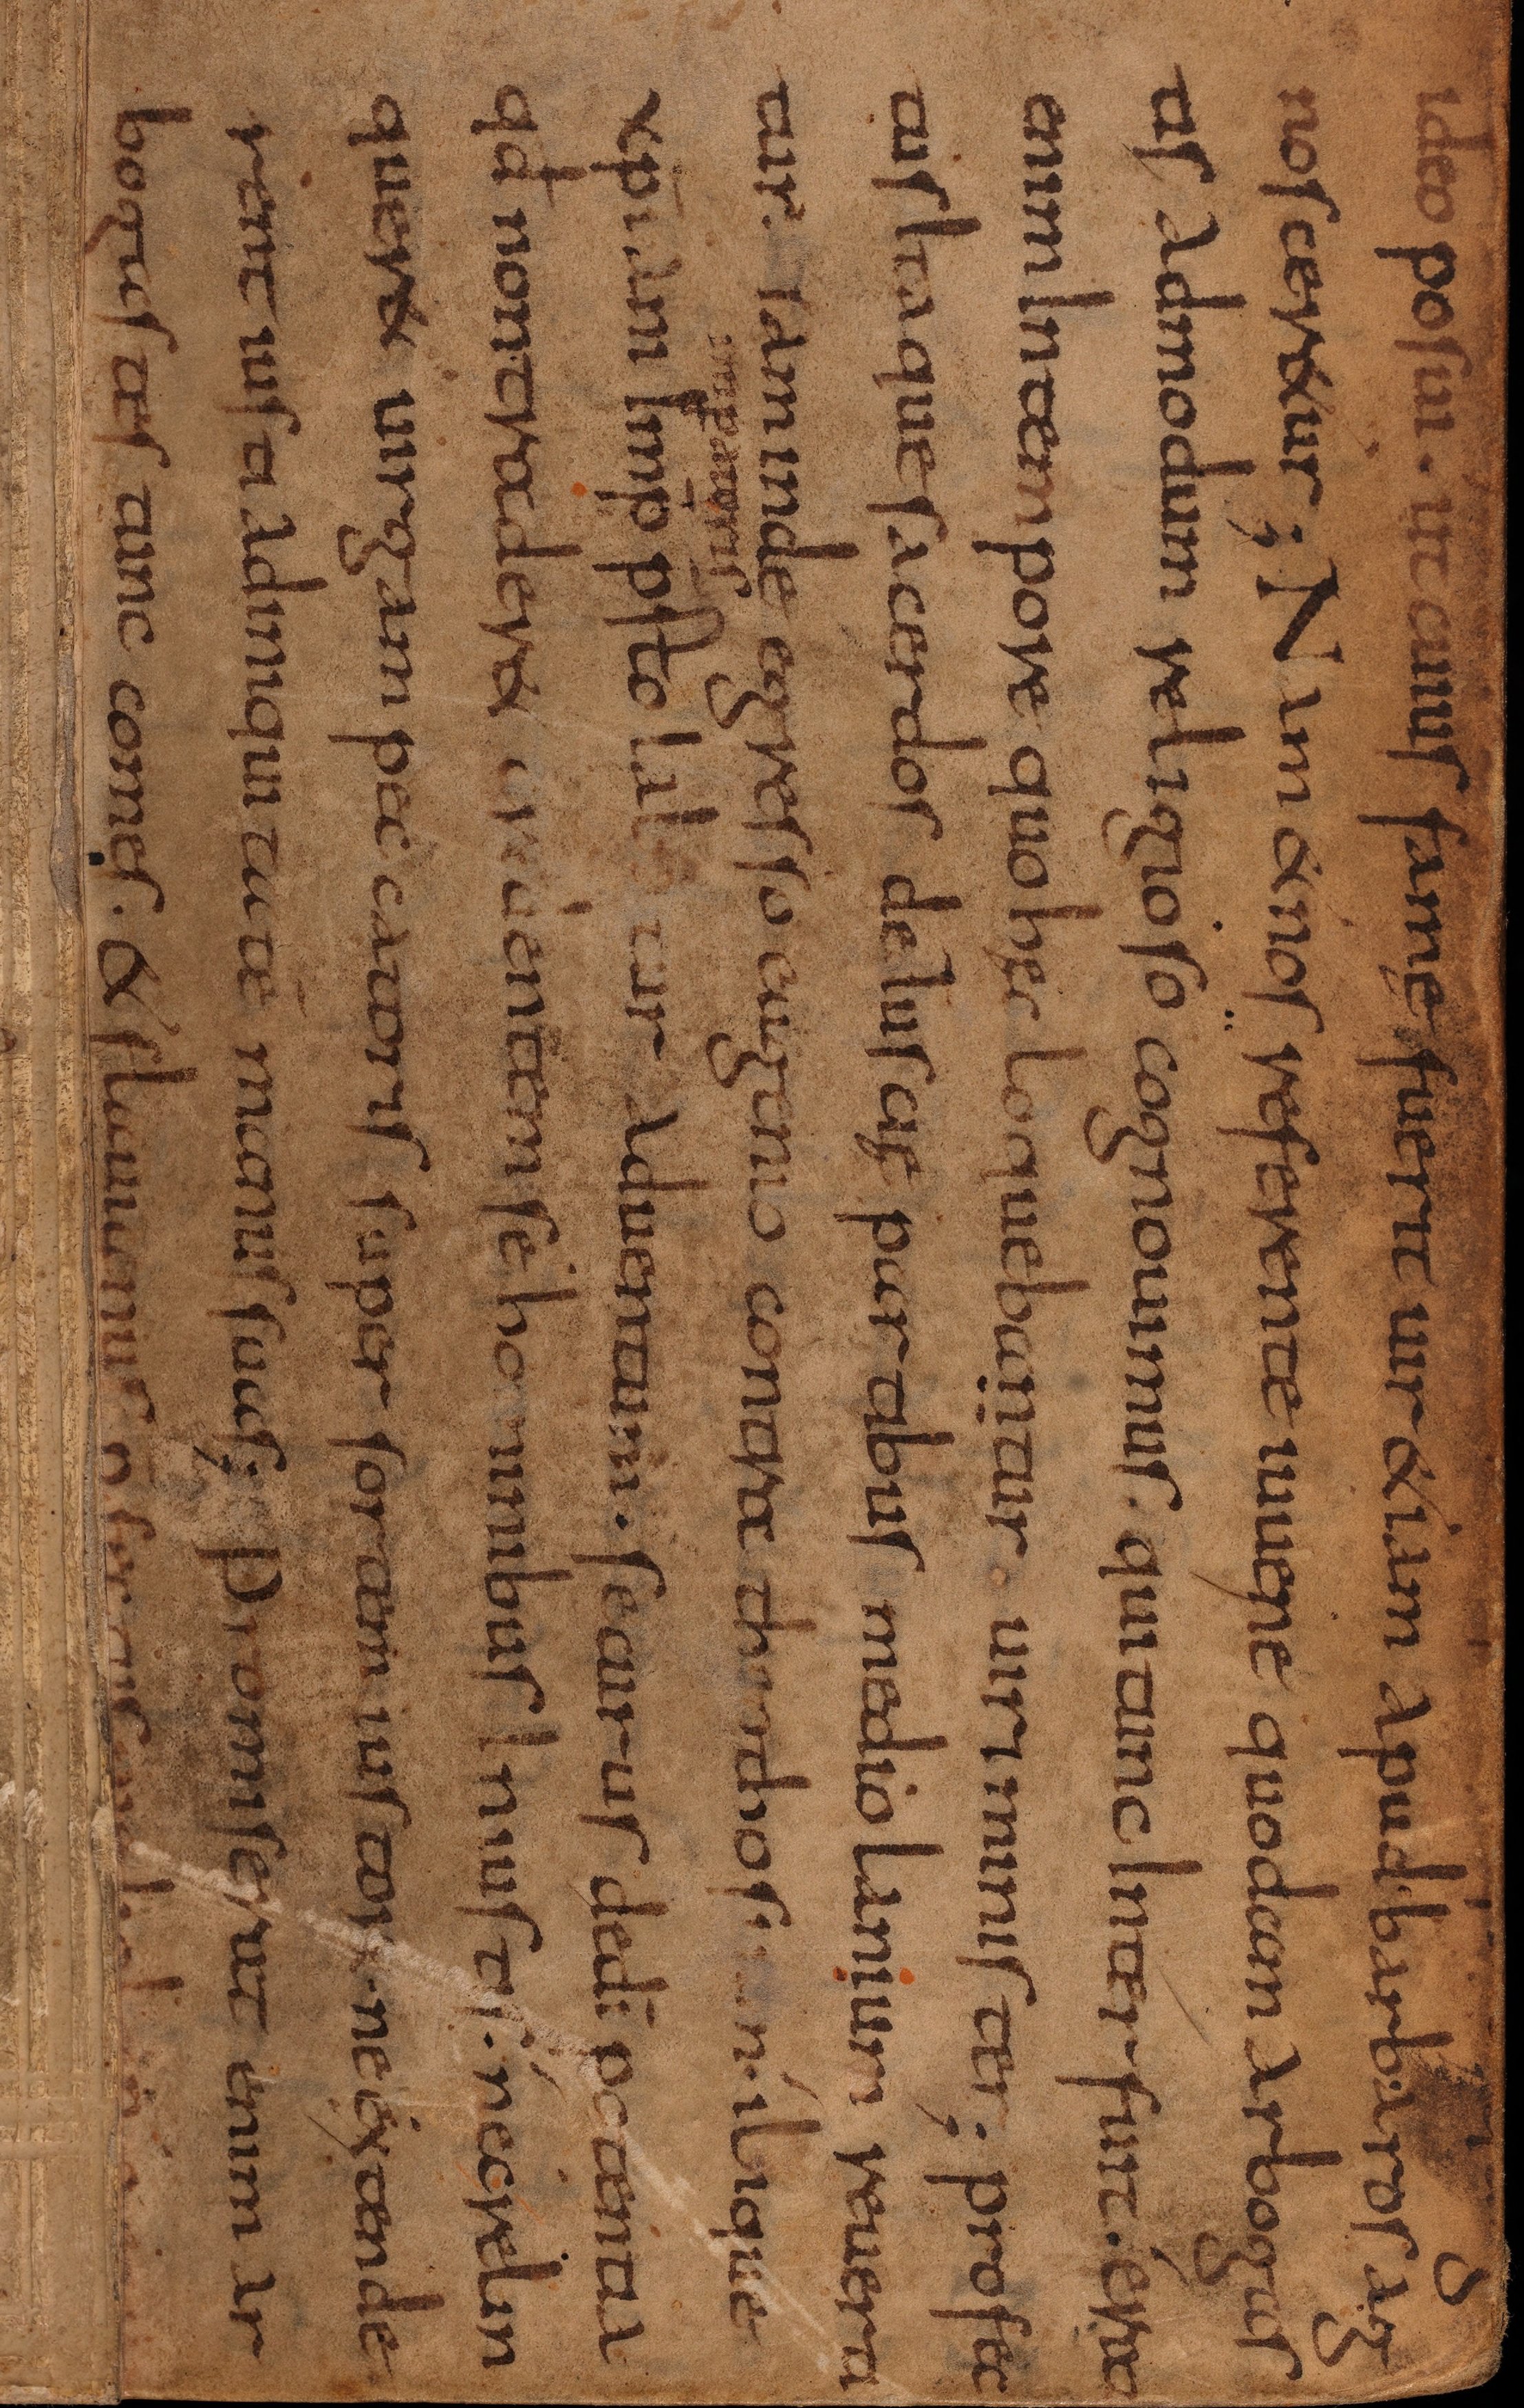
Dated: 820–853